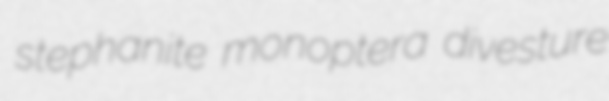
stephanite monoptera divesture